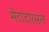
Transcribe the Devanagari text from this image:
मेटाटारसल